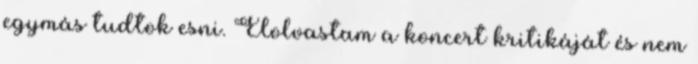
egymás tudtok esni. Elolvastam a koncert kritikáját és nem